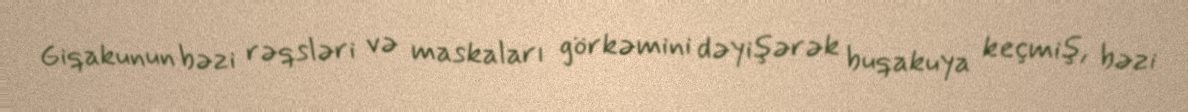
Giqakunun bəzi rəqsləri və maskaları görkəmini dəyişərək buqakuya keçmiş, bəzi